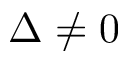
\Delta \ne 0